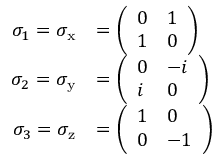
{ \begin{array} { r l } { \sigma _ { 1 } = \sigma _ { \mathrm { x } } } & { = { \left( \begin{array} { l l } { 0 } & { 1 } \\ { 1 } & { 0 } \end{array} \right) } } \\ { \sigma _ { 2 } = \sigma _ { \mathrm { y } } } & { = { \left( \begin{array} { l l } { 0 } & { - i } \\ { i } & { 0 } \end{array} \right) } } \\ { \sigma _ { 3 } = \sigma _ { \mathrm { z } } } & { = { \left( \begin{array} { l l } { 1 } & { 0 } \\ { 0 } & { - 1 } \end{array} \right) } } \end{array} }